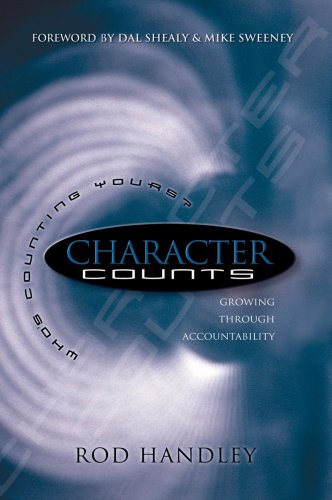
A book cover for Character That Counts - Who's Counting Yours?; Rod Handley; Sports & Outdoors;